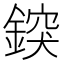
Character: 𨨷